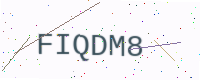
Text: FIQDM8